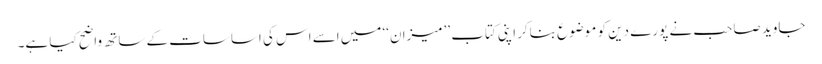
جاوید صاحب نے پورے دین کو موضوع بناکر اپنی کتاب ’’میزان‘‘ میں اسے اس کی اساسات کے ساتھ واضح کیا ہے۔